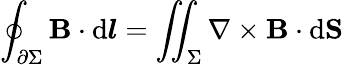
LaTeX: \oint_{\partial\Sigma}\mathbf{B}\cdot\mathrm{d}{\boldsymbol{l}}=\iint_{\Sigma}\mathbf{\nabla}\times\mathbf{B}\cdot\mathrm{d}\mathbf{S}